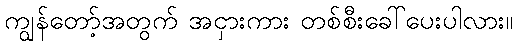
ကျွန်တော့်အတွက် အငှားကား တစ်စီးခေါ်ပေးပါလား။